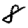
Digit: 8